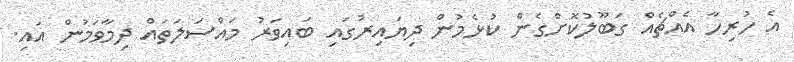
އެ ހުރިހާ އެއްޗެއް ގަބޫލުކޮށްގެން ކުޅެމުން ދިޔައިރުގައި ބައިވަރު މައްސަލަތައް ދިމާވަމުން އައި.